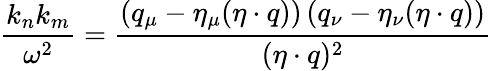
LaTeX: {\frac{k_{n}k_{m}}{\omega^{2}}}={\frac{\left(q_{\mu}-\eta_{\mu}(\eta\cdot q)\right)\left(q_{\nu}-\eta_{\nu}(\eta\cdot q)\right)}{(\eta\cdot q)^{2}}}